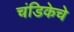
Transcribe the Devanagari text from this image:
चंडिकेचे